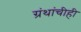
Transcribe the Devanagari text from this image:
ग्रंथांचीही